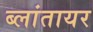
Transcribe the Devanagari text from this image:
ब्लांतायर